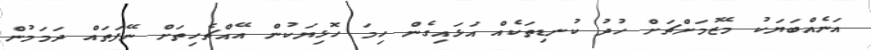
އަނެއްބަޔަކު މޭޒުމަށްޗަށް ހުދު ކުނޑިތަކެއް އަޅައިގެން ހިމަ ހޮޅިޔަކުން އޭއްޗެހިތަށް ނޭފަތައް ދަމަމުން